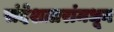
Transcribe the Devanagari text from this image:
संदेशतारांमधून